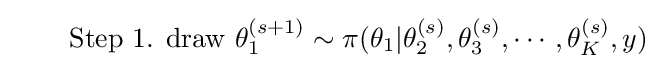
\quad \quad {\text{Step 1.     draw}}\,\,\theta _{1}^{(s+1)}\sim \pi (\theta _{1}|\theta _{2}^{(s)},\theta _{3}^{(s)},\cdots ,\theta _{K}^{(s)},y)